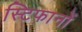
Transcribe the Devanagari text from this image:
स्टिफानों